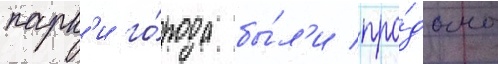
парк'и го́рода бы́л'и про́даны